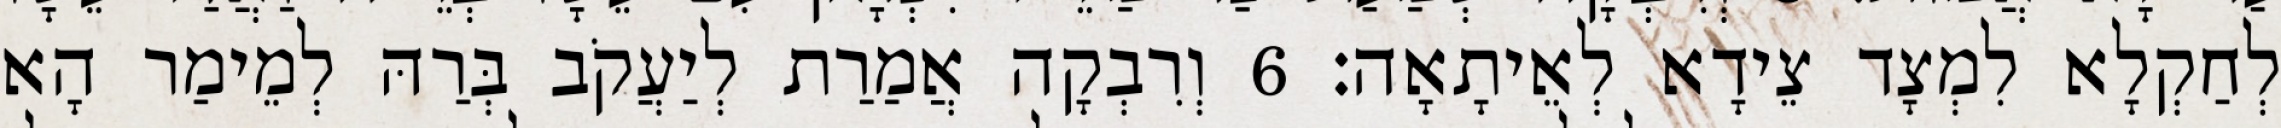
לְחַקְלָא לִמְצָד צֵידָא לְאֵיתָאָה׃ 6 וְרִבְקָה אֲמַרַת לְיַעֲקֹב בְּרַהּ לְמֵימַר הָא